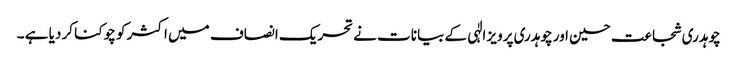
چوہدری شجاعت حسین اور چوہدری پرویز الٰہی کے بیانات نے تحریک انصاف میں اکثر کو چوکنا کر دیا ہے ۔